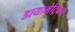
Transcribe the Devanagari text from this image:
डायामेट्रिकल